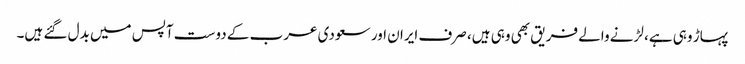
پہاڑ وہی ہے، لڑنے والے فریق بھی وہی ہیں، صرف ایران اور سعودی عرب کے دوست آپس میں بدل گئے ہیں۔